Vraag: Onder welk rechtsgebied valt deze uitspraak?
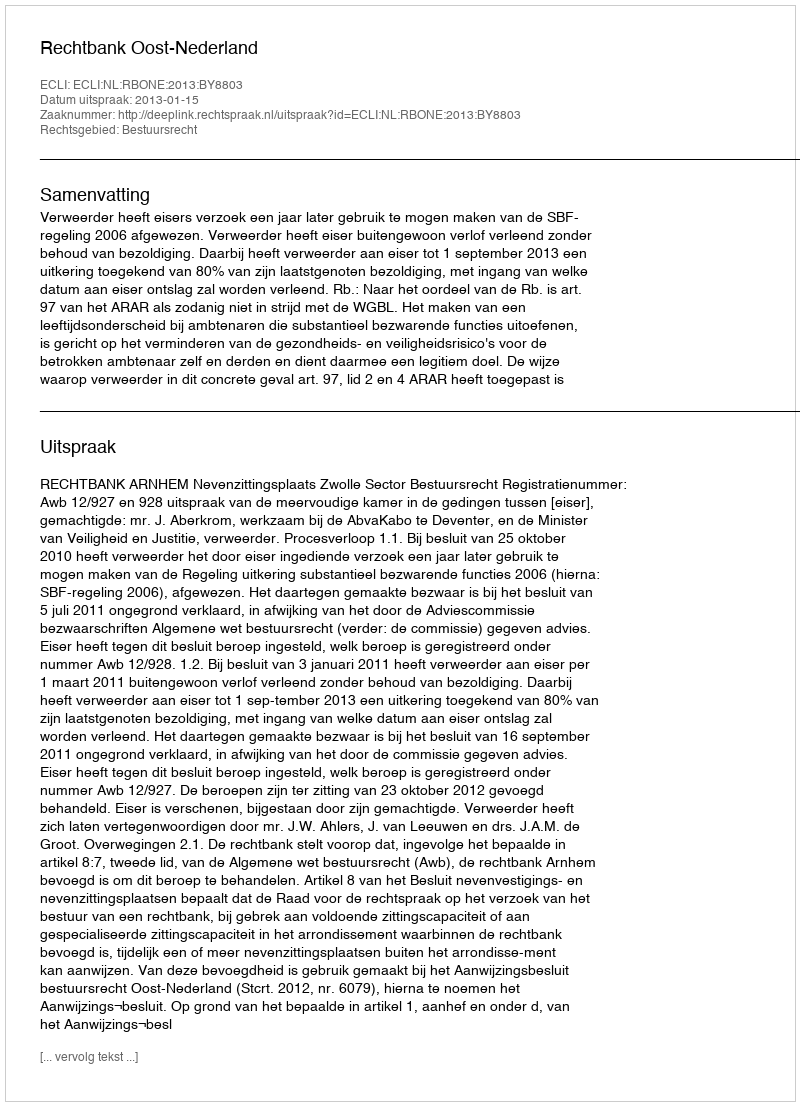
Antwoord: Bestuursrecht